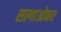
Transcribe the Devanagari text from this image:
सल्गाओकर